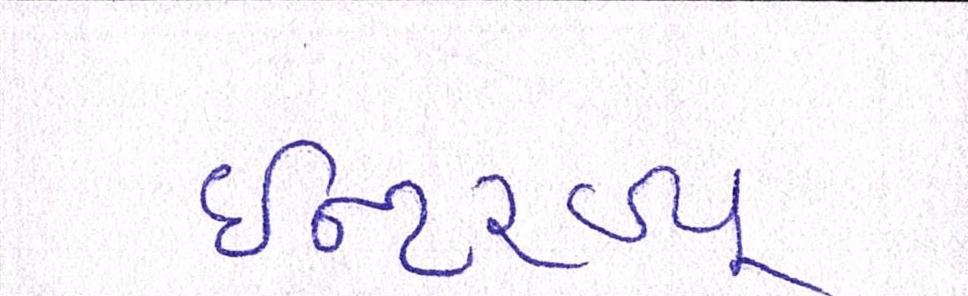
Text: ઈન્ટરવ્યૂ